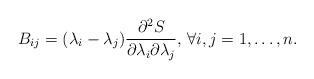
LaTeX: \begin{align*}B_{ij}=(\lambda_i-\lambda_j)\frac{\partial^2 S}{\partial\lambda_i\partial\lambda_j},\,\forall i,j=1,\dots,n.\end{align*}